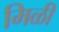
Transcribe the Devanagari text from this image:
मिळी